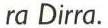
ra Dirra.